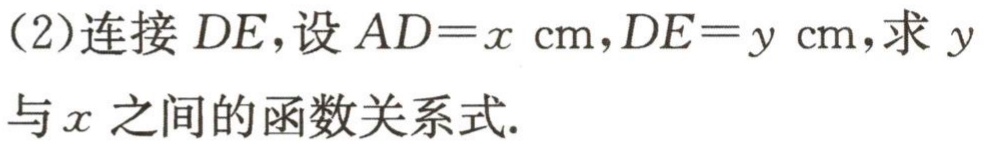
(2)连接 \(DE\)，设 \(AD = x\mathrm{\ cm},DE = y\mathrm{\ cm}\)，求 \(y\) 与 \(x\) 之间的函数关系式.